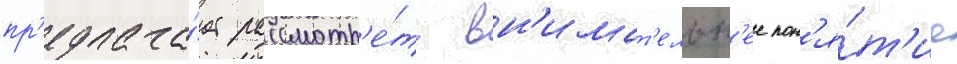
пр'едлага́ет рассмотр'е́ть вн'имат'ельн'ее пон'я́т'ие